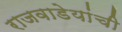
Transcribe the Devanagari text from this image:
राजवाडेयांची